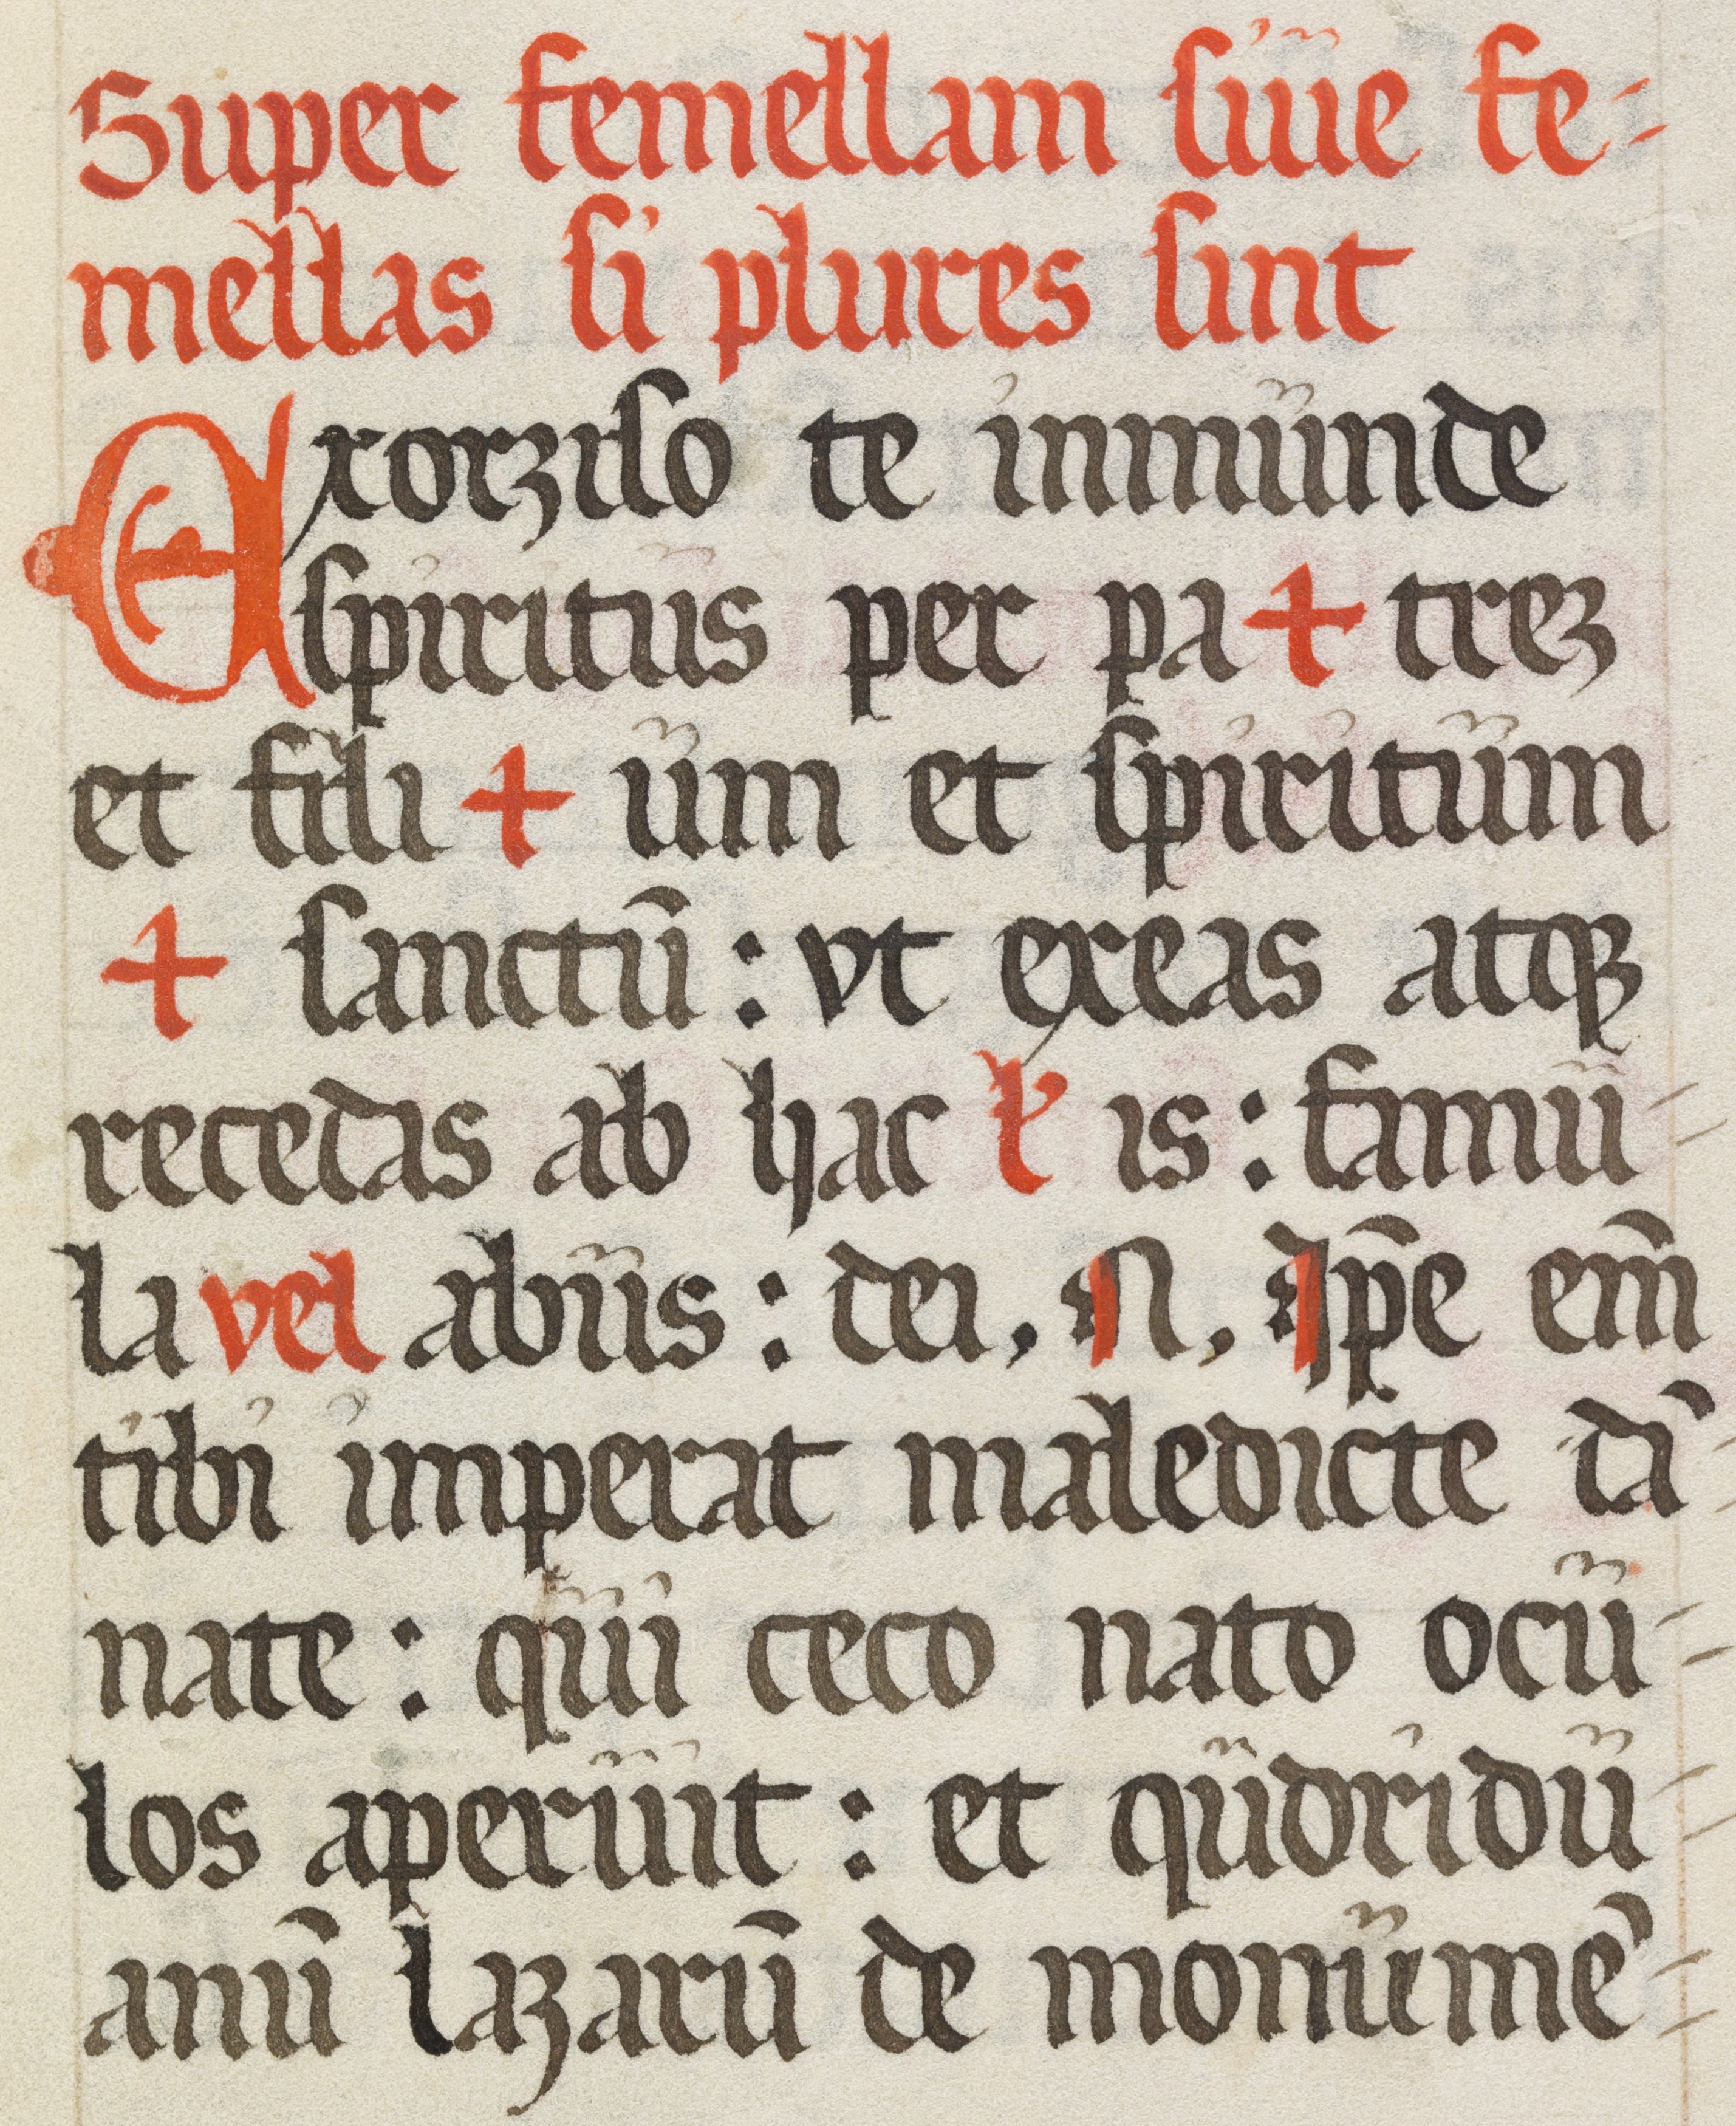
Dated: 1500–1599